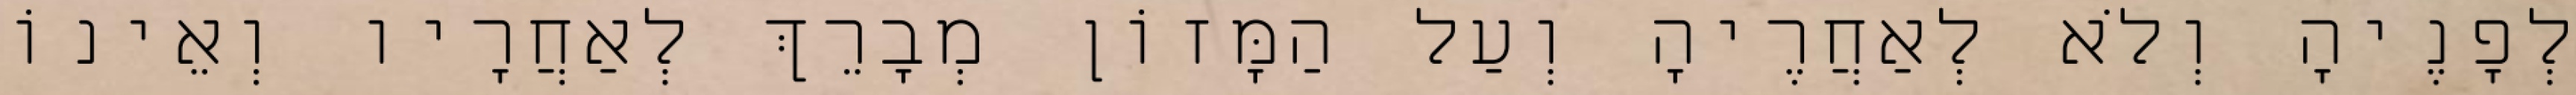
לְפָנֶיהָ וְלֹא לְאַחֲרֶיהָ וְעַל הַמָּזוֹן מְבָרֵךְ לְאַחֲרָיו וְאֵינוֹ